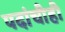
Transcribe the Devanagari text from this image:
पदांचीही